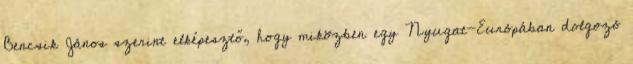
Bencsik János szerint elképesztő, hogy miközben egy Nyugat-Európában dolgozó